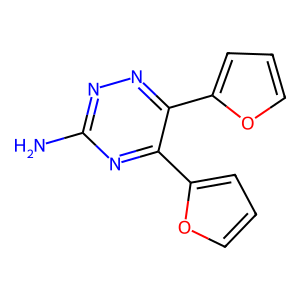
SMILES: Nc1nnc(-c2ccco2)c(-c2ccco2)n1
Inhibits HIV replication: No